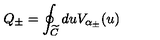
Q _ { \pm } = \oint _ { \widetilde { C } } d u V _ { \alpha _ { \pm } } ( u )